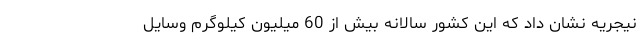
نیجریه نشان داد که این کشور سالانه بیش از 60 میلیون کیلوگرم وسایل